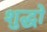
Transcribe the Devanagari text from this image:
शुद्धो